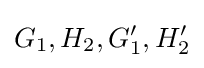
G_{1},H_{2},G'_{1},H'_{2}